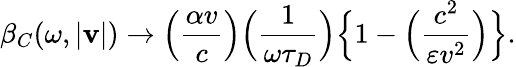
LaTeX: \beta_{C}(\omega,|{\mathbf v}|)\to\Big({\frac{\alpha v}{c}}\Big)\Big({\frac{1}{\omega\tau_{D}}}\Big)\Big\{ 1-\Big({\frac{c^{2}}{\varepsilon v^{2}}}\Big)\Big\} .